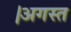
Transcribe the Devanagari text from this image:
।अगस्त